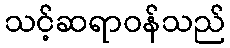
သင့်ဆရာဝန်သည်